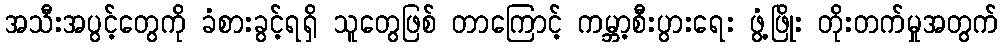
အသီးအပွင့်တွေကို ခံစားခွင့်ရရှိ သူတွေဖြစ် တာကြောင့် ကမ္ဘာ့စီးပွားရေး ဖွံ့ဖြိုး တိုးတက်မှုအတွက်